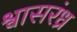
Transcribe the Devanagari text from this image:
श्वासरंध्र